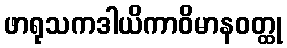
ဖာရုသကဒါယိကာဝိမာနဝတ္ထု